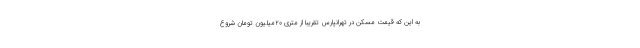
به این که قیمت مسکن در تهرانپارس تقریبا از متری 20میلیون تومان شروع